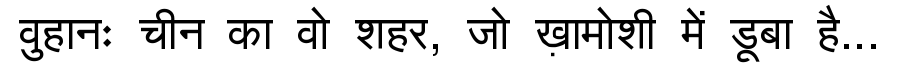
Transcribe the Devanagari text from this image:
वुहानः चीन का वो शहर, जो ख़ामोशी में डूबा है...